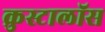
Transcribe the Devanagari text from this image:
क्रुस्टालॉस